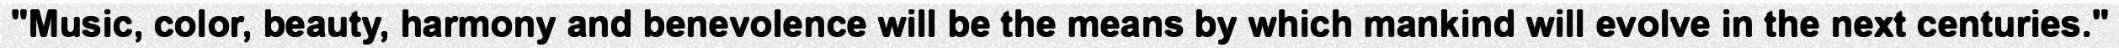
"Music, color, beauty, harmony and benevolence will be the means by which mankind will evolve in the next centuries."